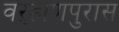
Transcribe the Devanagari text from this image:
वऱ्हाणपुरास